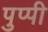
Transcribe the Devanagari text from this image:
पुप्पी